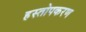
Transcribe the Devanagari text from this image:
हस्तोपकरण